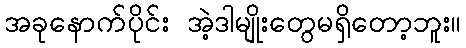
အခုနောက်ပိုင်း အဲ့ဒါမျိုးတွေမရှိတော့ဘူး။